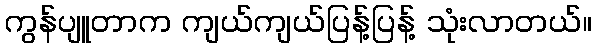
ကွန်ပျူတာက ကျယ်ကျယ်ပြန့်ပြန့် သုံးလာတယ်။